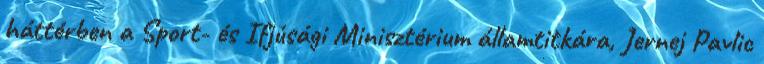
háttérben a Sport- és Ifjúsági Minisztérium államtitkára, Jernej Pavlic